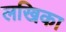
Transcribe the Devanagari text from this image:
लखिका